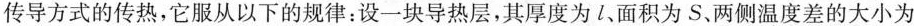
传导方式的传热，它服从以下的规律：设一块导热层，其厚度为l、面积为S、两侧温度差的大小为